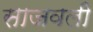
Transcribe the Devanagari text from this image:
साजवली